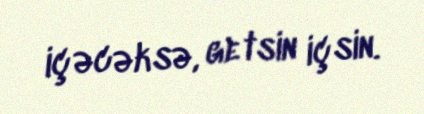
içəcəksə, getsin içsin.